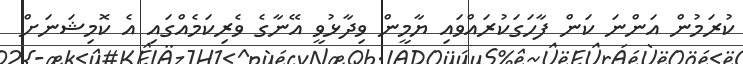
ކުރަމުން އަންނަ ކަން ފާހަގަކުރައްވައި ޔާމީން ވިދާޅުވީ އޭނާގެ ވެރިކަމެއްގައި އެ ކޮމިޝަނަށް